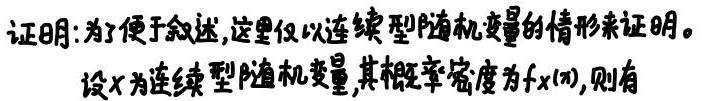
证明:为便于叙述,这里仅以连续型随机变量的情形来证明。

设$X$为连续型随机变量,其概率密度为$f_X(x)$,则有